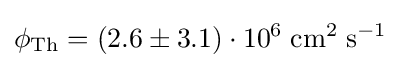
\phi _{\mathrm {Th} }=(2.6\pm 3.1)\cdot 10^{6}\;\mathrm {cm^{2}\;s^{-1}}